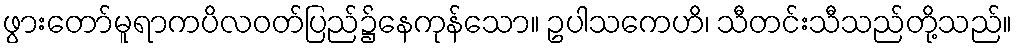
ဖွားတော်မူရာကပိလဝတ်ပြည်၌နေကုန်သော။ ဥပါသကေဟိ၊ သီတင်းသီသည်တို့သည်။